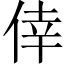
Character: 倖